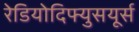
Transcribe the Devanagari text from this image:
रेडियोदिफ्युसयूर्स